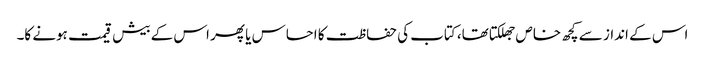
اس کے انداز سے کچھ خاص جھلکتا تھا، کتاب کی حفاظت کا احساس یا پھر اس کے بیش قیمت ہونے کا۔